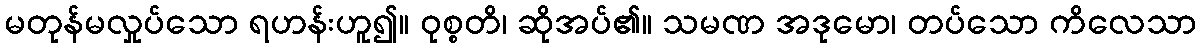
မတုန်မလှုပ်သော ရဟန်းဟူ၍။ ဝုစ္စတိ၊ ဆိုအပ်၏။ သမဏ အဒုမော၊ တပ်သော ကိလေသာ